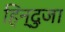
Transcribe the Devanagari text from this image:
हिन्दुजा